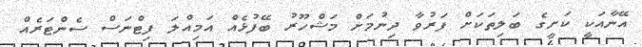
އޭނާއަކީ ކަށީގެ ބަލިތަކަށް ފަރުވާ ދިނުމަށް މަޝްހޫރު ބޭފުޅެއް އަމިއްލަ ފިޓްނަސް ސެންޓަރެއް